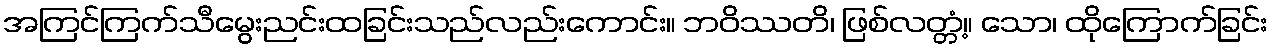
အကြင်ကြက်သီမွေးညင်းထခြင်းသည်လည်းကောင်း။ ဘဝိဿတိ၊ ဖြစ်လတ္တံ့။ သော၊ ထိုကြောက်ခြင်း